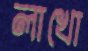
লাখো